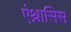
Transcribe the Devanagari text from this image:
एंथ्रासिस